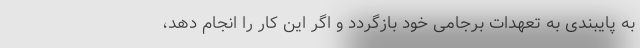
به پایبندی به تعهدات برجامی خود بازگردد و اگر این کار را انجام دهد،